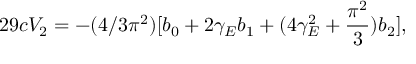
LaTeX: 2 9 c V _ { 2 } = - ( 4 / 3 \pi ^ { 2 } ) [ b _ { 0 } + 2 \gamma _ { E } b _ { 1 } + ( 4 \gamma _ { E } ^ { 2 } + \frac { \pi ^ { 2 } } { 3 } ) b _ { 2 } ] ,